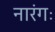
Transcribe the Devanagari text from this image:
नारंगः